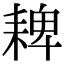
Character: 𦓸